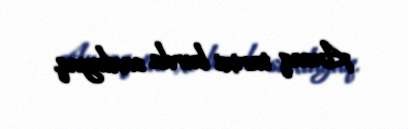
Ancaq tarixi burda saxlayaq.